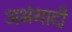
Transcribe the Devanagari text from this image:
अभंगादी